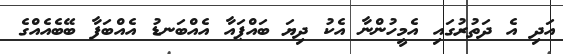
އަދި އެ ދަތުރުގައި އެމީހުންނާ އެކު ދިޔަ ބައްޕައާ އެއްބަނޑު އެއްބަފާ ބޭބެއެއްގެ